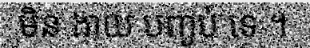
មិន ងាយ បញ្ចប់ ទេ ។